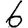
Digit: 6